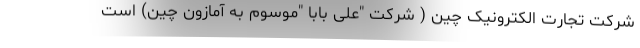
شرکت تجارت الکترونیک چین ( شرکت "علی بابا "موسوم به آمازون چین) است